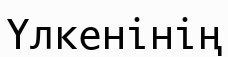
Үлкенінің